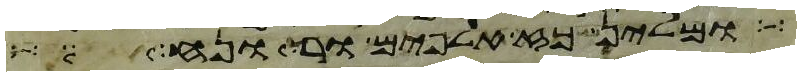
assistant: ויזכר אלהים את נח ואת